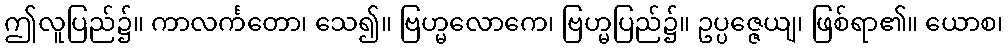
ဤလူပြည်၌။ ကာလင်္ကတော၊ သေ၍။ ဗြဟ္မလောကေ၊ ဗြဟ္မပြည်၌။ ဥပ္ပဇ္ဇေယျ၊ ဖြစ်ရာ၏။ ယောစ၊